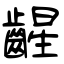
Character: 𫠛